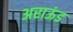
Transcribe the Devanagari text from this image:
अराऊंड